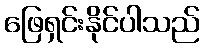
ဖြေရှင်းနိုင်ပါသည်